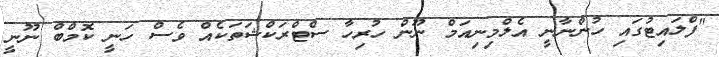
"ފްލައިޓުގައި ހުންނާނީ އެލްމިނިއަމް ނޫން ހުރިހާ ސްޓްރަކްޝަތަކެއް ވެސް ހަނީ ކޮމްބް ނޫނީ